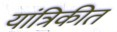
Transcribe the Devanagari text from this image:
यांत्रिकीत